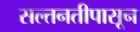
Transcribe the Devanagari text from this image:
सल्तनतीपासून